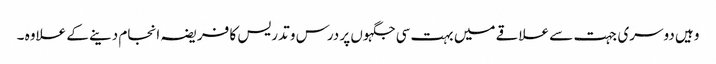
وہیں دوسری جہت سے علاقے میں بہت سی جگہوں پر درس و تدریس کا فریضہ انجام دینے کے علاوہ ۔